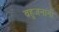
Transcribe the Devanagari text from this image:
बहुजनांनी